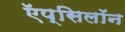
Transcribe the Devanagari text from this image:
ऍप्सिलॉन